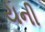
યની